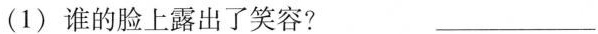
(1) 谁的脸上露出了笑容? ___